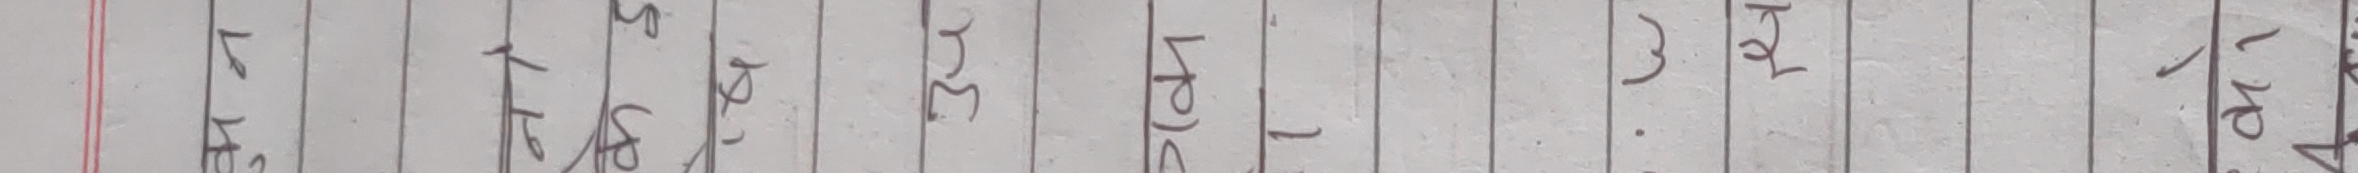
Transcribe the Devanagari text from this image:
केले कहाँ जस्तो ३६ अझै तेस्रो छोरा ४१